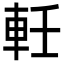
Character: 軠